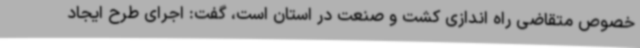
خصوص متقاضی راه اندازی کشت و صنعت در استان است، گفت: اجرای طرح ایجاد